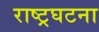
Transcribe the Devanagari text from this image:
राष्ट्रघटना